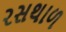
રસથાળ